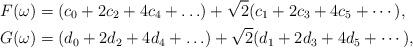
LaTeX: \begin{align*} F(\omega) & = (c_0+2c_2+4c_4+\ldots ) + \sqrt{2}(c_1+2c_3+4c_5+\cdots),\\G(\omega) & = (d_0+2d_2+4d_4+\ldots ) + \sqrt{2}(d_1+2d_3+4d_5+\cdots),\end{align*}